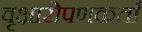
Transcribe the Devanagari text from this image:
वृक्षारोपणकर्ता